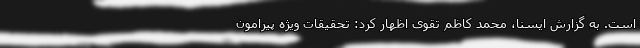
است. به گزارش ایسنا، محمد کاظم تقوی اظهار کرد: تحقیقات ویژه پیرامون